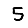
Digit: 5